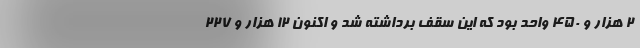
۲ هزار و ۴۵۰ واحد بود که این سقف برداشته شد و اکنون ۱۲ هزار و ۲۲۷